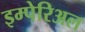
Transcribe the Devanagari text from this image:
इम्पेरिअल